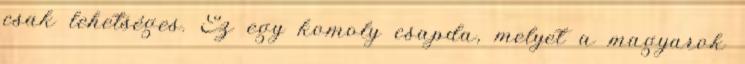
csak lehetséges. Ez egy komoly csapda, melyet a magyarok